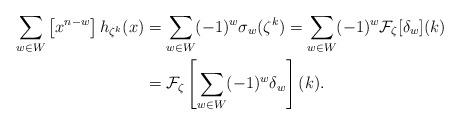
LaTeX: \begin{align*} \sum_{w \in W}\left[x^{n-w} \right] h_{\zeta^k}(x) &= \sum_{w \in W}(-1)^w \sigma_w(\zeta^k) = \sum_{w \in W}(-1)^w \mathcal{F}_{\zeta}[\delta_w](k)\\ &= \mathcal{F}_\zeta\left[ \sum_{w \in W} (-1)^w \delta_w \right](k).\end{align*}